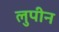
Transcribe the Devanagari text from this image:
लुपीन